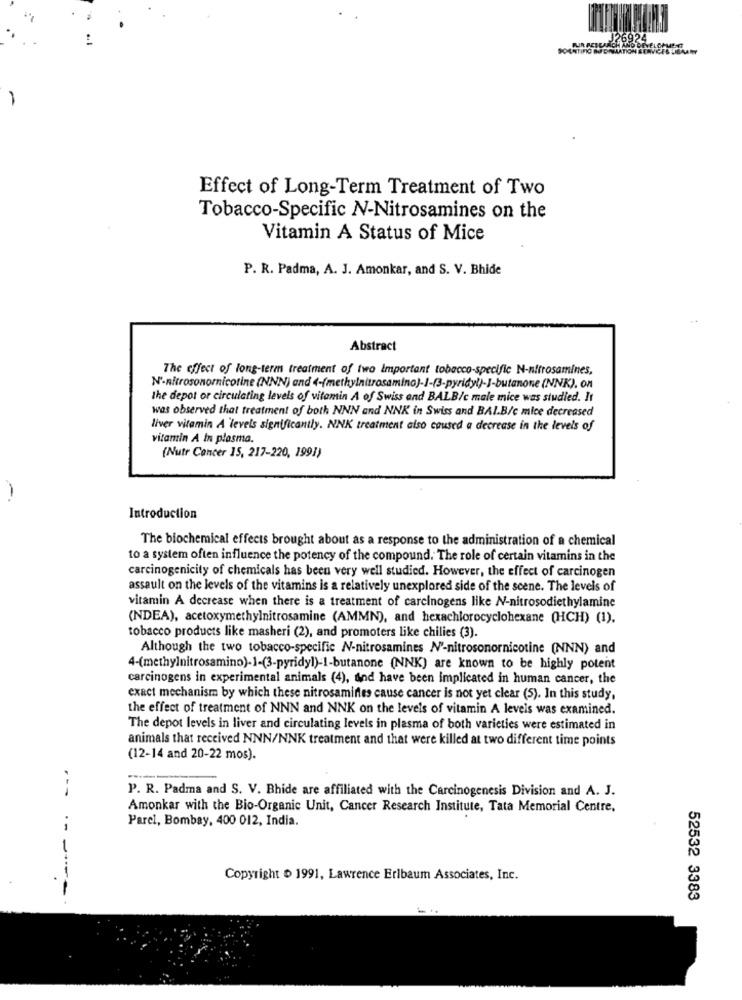
Effect of Long-Term Treatment of Two
Tobacco-Specific N-Nitrosamines on the
Vitamin A Status of Mice
P. R. Padma, A. J. Amonkar, and S. V. Bhide
Abstract
The effect of long-term treatment of two Important tobacco-specific N-nitrosamines,
N'-nitrosonornicotine (NNN) and 4-(methylnitrosamino)-1-(3-pyridyl)-J-butanone (NNK). ON
the depot or circulating levels of vitamin A of Swiss and BALB/c male mice was studied. It
was observed that treatment of both NNN and NNK in Swiss and BAI.B/c mice decreased
liver vitamin A'levels significantly. NNK treatment also caused a decrease in the levels of
vitamin A In plasma.
(Nutr Cancer 15, 217-220, 1991)
-
Introduction
The biochemical effects brought about as a response to the administration of a chemical
to a system often influence the potency of the compound. The role of certain vitamins in the
carcinogenicity of chemicals has been very well studied. However, the effect of carcinogen
assault on the levels of the vitamins is a relatively unexplored side of the scene. The levels of
vitamin A decrease when there is a treatment of carcinogens like N-nitrosodiethylamine
(NDEA), acetoxymethylnitrosamine (AMMN), and hexachlorocyclohexane (HCH) (1).
tobacco products like masheri (2), and promoters like chilies (3).
Although the two tobacco-specific N-nitrosamines N'-nitrosonornicotine (NNN) and
4-(methylnitrosamino)-1-(3-pyridyl)-1-butanone (NNK) are known to be highly potent
carcinogens in experimental animals (4), and have been implicated in human cancer, the
exact mechanism by which these nitrosamines cause cancer is not yet clear (5). In this study,
the effect of treatment of NNN and NNK on the levels of vitamin A levels was examined.
The depot levels in liver and circulating levels in plasma of both varieties were estimated in
animals that received NNN/NNK treatment and that were killed at two different time points
(12-14 and 20-22 mos).
P. R. Padma and S. V. Bhide are affiliated with the Carcinogenesis Division and A. J.
Amonkar with the Bio-Organic Unit, Cancer Research Institute, Tata Memorial Centre,
Parel, Bombay, 400 012, India.
Copyright 1991, Lawrence Erlbaum Associates, Inc.
-- ----
52532 3383